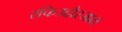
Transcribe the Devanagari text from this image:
रफिउद्दौरजात